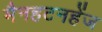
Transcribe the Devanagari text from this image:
मैनहटनहेंज